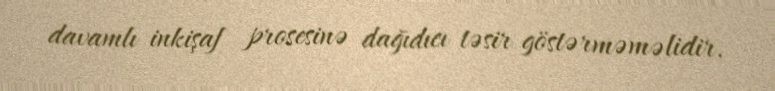
davamlı inkişaf prosesinə dağıdıcı təsir göstərməməlidir.